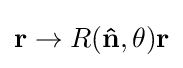
\mathbf {r} \rightarrow R(\mathbf {\hat {n}} ,\theta )\mathbf {r}